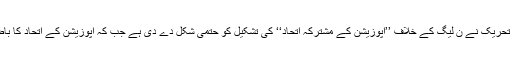
دوسری جانب پاکستان عوامی تحریک نے ن لیگ کے خلاف ’’اپوزیشن کے مشترکہ اتحاد‘‘ کی تشکیل کو حتمی شکل دے دی ہے جب کہ اپوزیشن کے اتحاد کا باضابطہ اعلان جلد کیا جائے گا۔